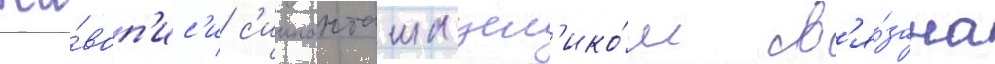
жи́воп'ис'и с'иипанташа цел'ико́м св'я́зана